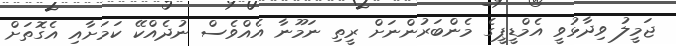
ޖަމީލު ވިދާޅުވީ އެމްޑީޕީގެ މެންބަރުންނަށް ރީތި ނަމޫނާ އެއްވެސް ނުދެއްކޭ ކަމަށާއި އެގޮތަށް